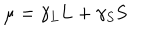
LaTeX: { \bf \mu } = \gamma _ { L } { \bf L } + \gamma _ { S } { \bf S }